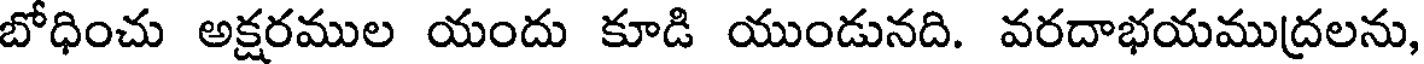
బోధించు అక్షరముల యందు కూడి యుండునది. వరదాభయముద్రలను,